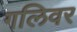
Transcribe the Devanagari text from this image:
गलिवर